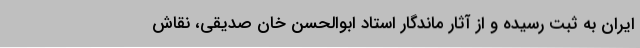
ایران به ثبت رسیده و از آثار ماندگار استاد ابوالحسن خان صدیقی، ‌نقاش